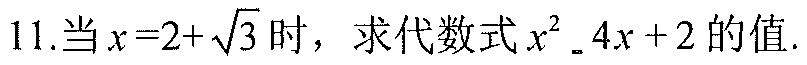
11.当 \(x = 2+\sqrt{3}\) 时，求代数式 \(x^{2}-4x + 2\) 的值.